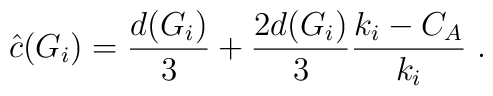
\hat{c} (G_i) = \frac{d(G_i)}{3} + \frac{2 d(G_i)}{3} \frac{k_i - C_A}{k_i}~.